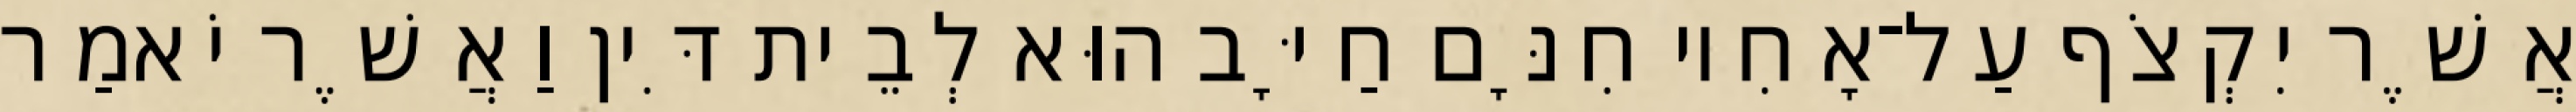
אֲשֶׁר יִקְצֹף עַל־אָחִיו חִנָּם חַיָּב הוּא לְבֵית דִּין וַאֲשֶׁר יֹאמַר